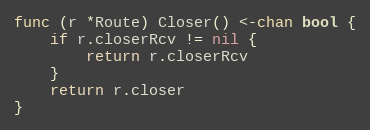
Language: Go
func (r *Route) Closer() <-chan bool {
	if r.closerRcv != nil {
		return r.closerRcv
	}
	return r.closer
}